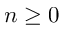
n \geq 0